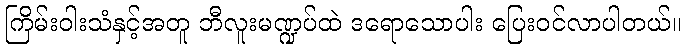
ကြိမ်းဝါးသံနှင့်အတူ ဘီလူးမဏ္ဍပ်ထဲ ဒရောသောပါး ပြေးဝင်လာပါတယ်။